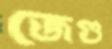
জেগু